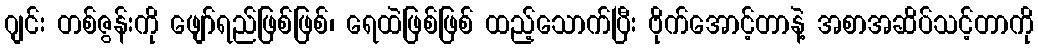
ဂျင်း တစ်ဇွန်းကို ဖျော်ရည်ဖြစ်ဖြစ်၊ ရေထဲဖြစ်ဖြစ် ထည့်သောက်ပြီး ဗိုက်အောင့်တာနဲ့ အစာအဆိပ်သင့်တာကို